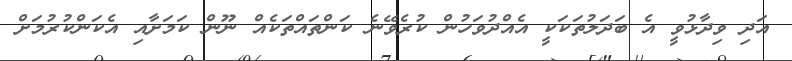
އަދި ވިދާޅުވީ އެ ބަދަލުތަކަކީ އެއްދުވަހުން ކުރެވޭނެ ކަންތައްތަކެއް ނޫން ކަމަށާއި އެކަންކުރުމަށް